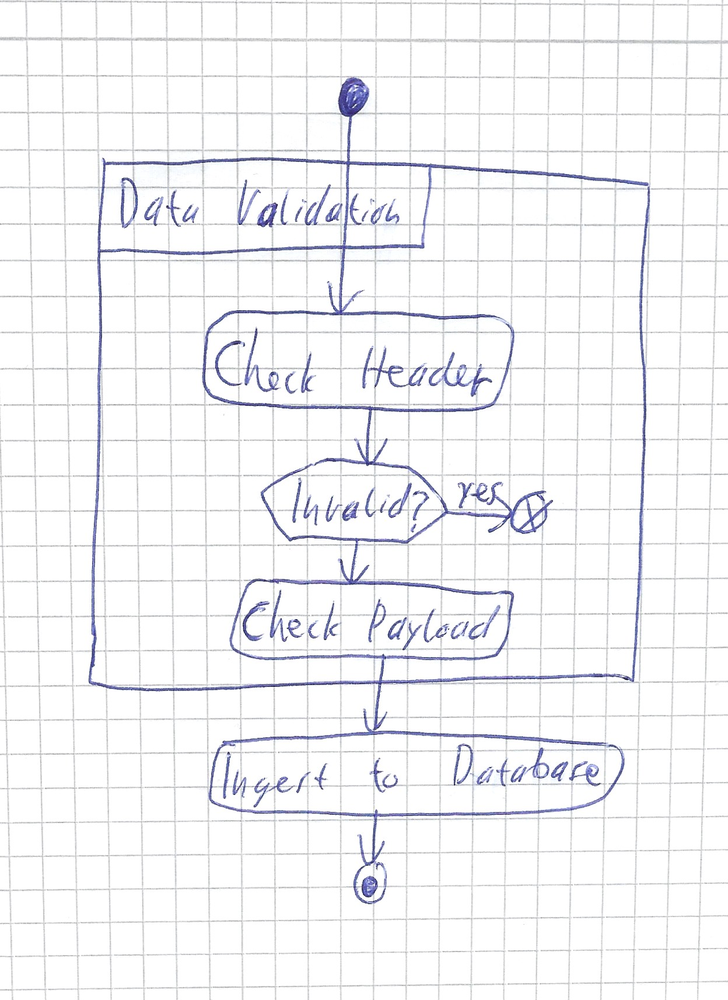
Diagram type: activity_diagram
```plantuml
@startuml

start
group Data Validation {
  :Check Header;
  if (Invalid?) then (yes)
    end
  endif
  :Check Payload;
}
:Ingest to Database;
stop

@enduml
```